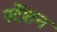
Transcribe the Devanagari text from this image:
स्टेंशन